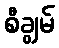
စီချွမ်